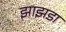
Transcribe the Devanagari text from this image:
झाझडा